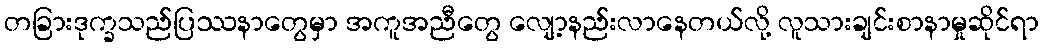
တခြားဒုက္ခသည်ပြဿနာတွေမှာ အကူအညီတွေ လျော့နည်းလာနေတယ်လို့ လူသားချင်းစာနာမှုဆိုင်ရာ